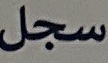
سجل